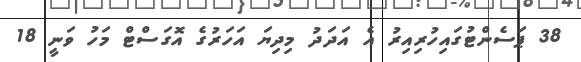
38 ޕަސެންޓުގައިހުރިއިރު އެ އަދަދު މިދިޔަ އަހަރުގެ އޮގަސްޓް މަހު ވަނީ 18